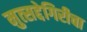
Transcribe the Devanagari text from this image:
मुत्सद्देगिरीचा